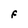
Character: F